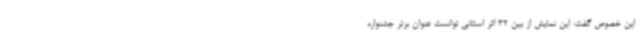
این خصوص گفت: این نمایش از بین 32 اثر استانی توانست عنوان برتر جشنواره